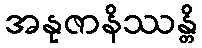
အနုဇာနိဿန္တိ